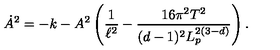
\dot { A } ^ { 2 } = - k - A ^ { 2 } \left( \frac { 1 } { \ell ^ { 2 } } - \frac { 1 6 \pi ^ { 2 } T ^ { 2 } } { ( d - 1 ) ^ { 2 } L _ { p } ^ { 2 ( 3 - d ) } } \right) .